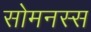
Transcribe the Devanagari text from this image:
सोमनस्स